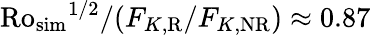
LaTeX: \mathrm{Ro_{sim}}^{1/2}/(F_{K,\mathrm{R}}/F_{K,\mathrm{NR}})\approx 0.87